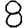
Digit: 8